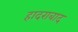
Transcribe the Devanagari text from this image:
हादराबाद